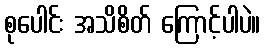
စုပေါင်း အသိစိတ် ကြောင့်ပါပဲ။